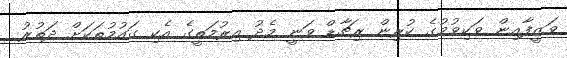
ވަޒީފާއިން ވަކިވުމުގެ ކުރިން ރިޗާޑް ވަނީ މެދު އިރުމަތީގެ އެކި ގައުމުތަކަށް ދަތުރު